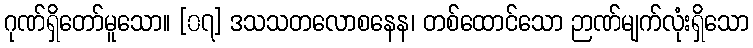
ဂုဏ်ရှိတော်မူသော။ [၀၇] ဒသသတလောစနေန၊ တစ်ထောင်သော ဉာဏ်မျက်လုံးရှိသော